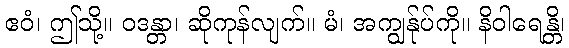
ဧဝံ၊ ဤသို့။ ဝဒန္တာ၊ ဆိုကုန်လျက်။ မံ၊ အကျွန်ုပ်ကို။ နိဝါရေန္တိ၊